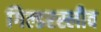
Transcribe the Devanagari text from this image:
गिल्डरस्लीव